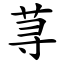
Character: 荨